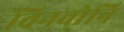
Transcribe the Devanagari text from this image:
विनवोनि